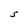
Character: S